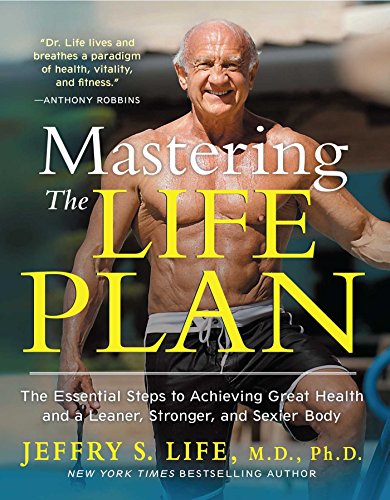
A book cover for Mastering the Life Plan: The Essential Steps to Achieving Great Health and a Leaner, Stronger, and Sexier Body; Jeffry S. Life M.D.  Ph.D.; Health, Fitness & Dieting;